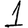
Digit: 1